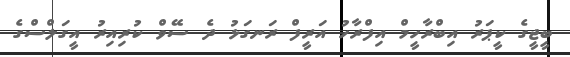
ބީޖީގެ ކީޕަރު އިބްރާހީމް އިފްރާހު އަރީފް ރަނގަޅު ދެ ސޭވް ކުރިއިރު އީގަލްސްގެ